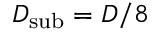
D _ { \mathrm { { s u b } } } = D / 8